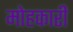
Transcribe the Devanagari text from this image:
मोहकारी